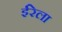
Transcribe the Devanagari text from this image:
ईरेला